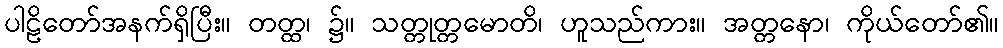
ပါဠိတော်အနက်ရှိပြီး။ တတ္ထ၊ ၌။ သတ္တုတ္တမောတိ၊ ဟူသည်ကား။ အတ္တနော၊ ကိုယ်တော်၏။